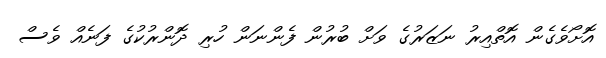
އޮށޯވެގެން އޮތްއިރު ނަޒަރުގެ ވަށް ބުރުން ފެންނަން ހުރި ދޮންރުކުގެ ފަނެއް ވެސް